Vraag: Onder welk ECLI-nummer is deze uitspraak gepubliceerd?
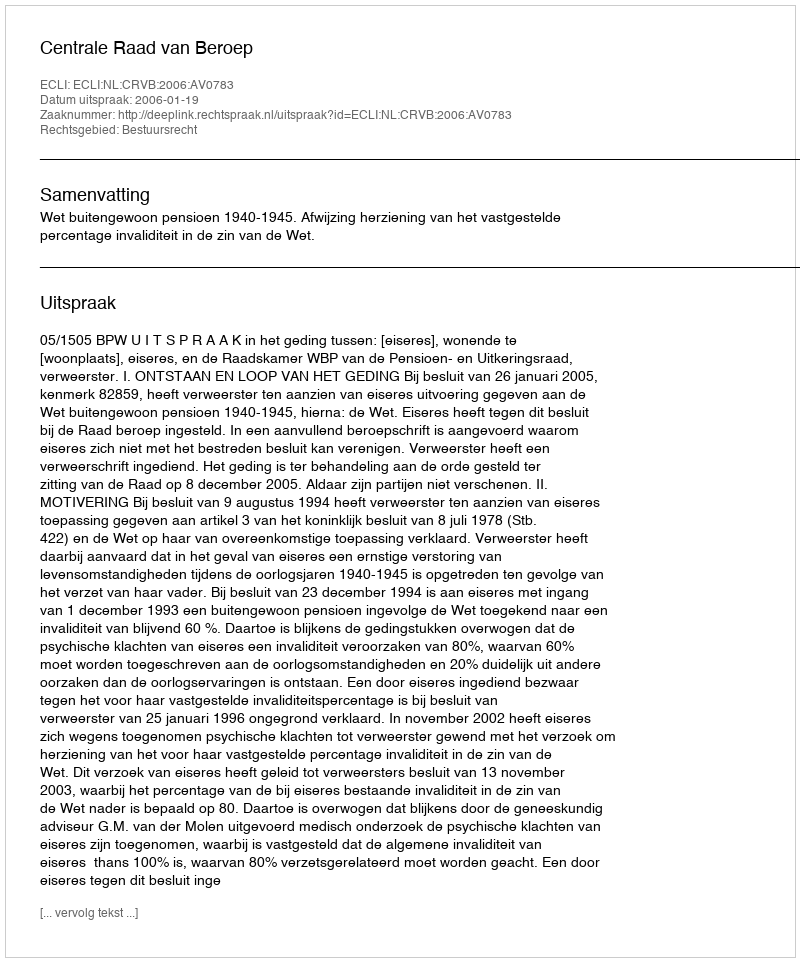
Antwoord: ECLI:NL:CRVB:2006:AV0783